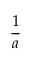
\frac { 1 } { a }